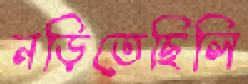
নড়িতেছিলি